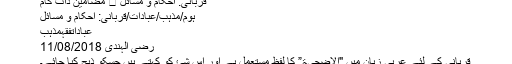
قربانی: احکام و مسائل ⋆ مضامین ڈاٹ کام
ہوم/مذہب/عبادات/قربانی: احکام و مسائل
عباداتفقہمذہب
رضی الہندی 11/08/2018
قربانی کے لئے عربی زبان میں "الاضحیۃ” کا لفظ مستعمل ہے اور اس شئ کو کہتے ہیں جسکو ذبح کیا جائے۔